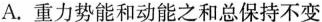
A.重力势能和动能之和总保持不变